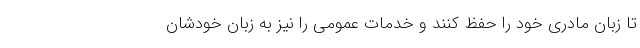
تا زبان مادری خود را حفظ کنند و خدمات عمومی را نیز به زبان خودشان